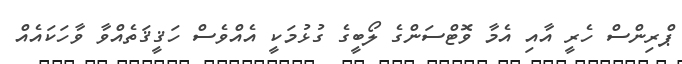
ޕްރިންސް ހެރީ އާއި އެމާ ވޮޓްސަންގެ ލޯބީގެ ގުޅުމަކީ އެއްވެސް ހަޤީޤަތެއްވާ ވާހަކައެއް